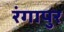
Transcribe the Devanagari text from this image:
रंगापुर